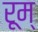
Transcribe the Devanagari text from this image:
रूम्